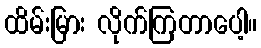
ထိမ်းမြား လိုက်ကြတာပေါ့။